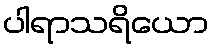
ပါရာသရိယော